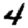
Digit: 4